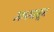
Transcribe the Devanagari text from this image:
२३५पासून